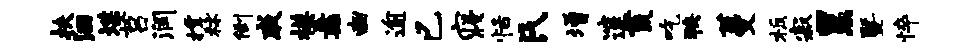
扶洄堞莒润撑秫倒戚模纛豳逾已寝恬氏增邃荒吃狭蔓板寂累暨悴